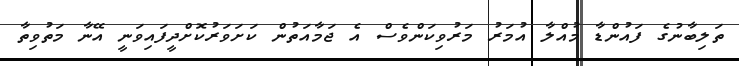
ތަލިބާނުގެ ފައުންޑާ މުއްލާ އުމަރު މަރުވިކަންވެސް އެ ޖަމާއަތުން ކަށަވަރުކޮށްދީފައިވަނީ އޭނާ މަތުވިތާ